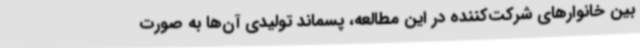
بین خانوارهای شرکت‌کننده در این مطالعه، پسماند تولیدی آن‌ها به صورت